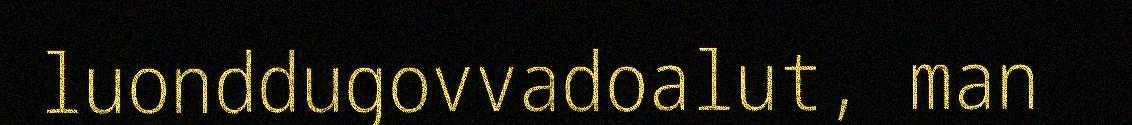
luonddugovvadoalut, man